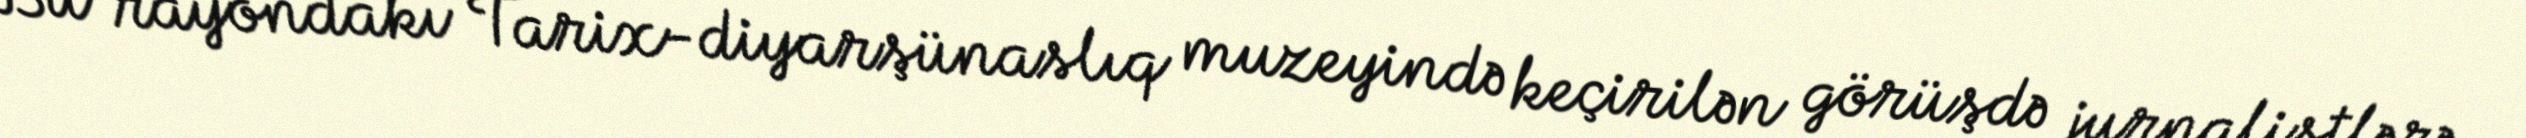
Bu rayondakı Tarix-diyarşünaslıq muzeyində keçirilən görüşdə jurnalistlərə